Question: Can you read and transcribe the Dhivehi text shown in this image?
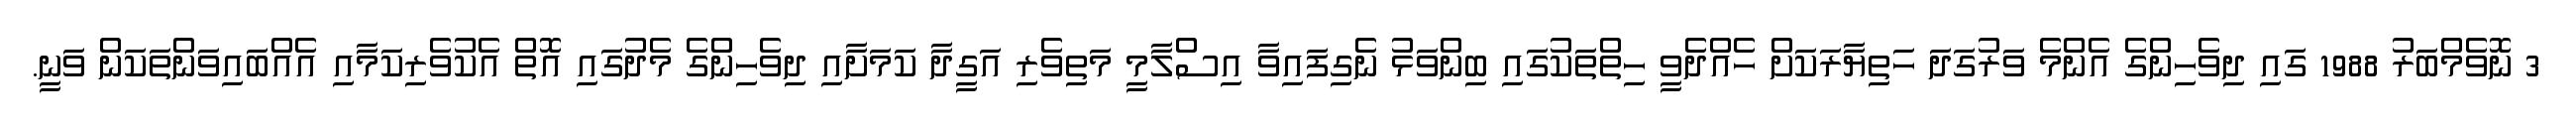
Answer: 3 ނޮވެމްބަރު 1988 ގައި ދިވެހިންގެ އެންމެ ވަރުގަދަ ހަތިޔާރަކަށް ހެއްދެވީ ހިތްތަކުގައި ބިންވަޅު ނެގިފައިވާ އިސްލާމީ މަތިވެރި އަގީދާ ކަމަށާއި ދިވެހިންގެ މެދުގައި އޮތް އެކުވެރިކަމާއި އެއްބައިވަންތަކަން ވަނީ.